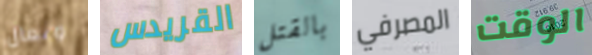
وتعال القريدس بالقتل المصرفي الوقت